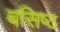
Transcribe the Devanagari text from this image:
बसिष्ठ